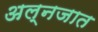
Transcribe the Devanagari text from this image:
अल्नजात